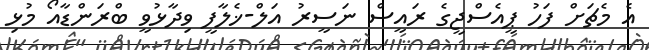
އެ މެޗަށް ފަހު ޕީއެސްޖީގެ ރައީސް ނަސީރު އަލް-ޚެލާފީ ވިދާޅުވީ ބްރަންޑާއޯ މުޅި